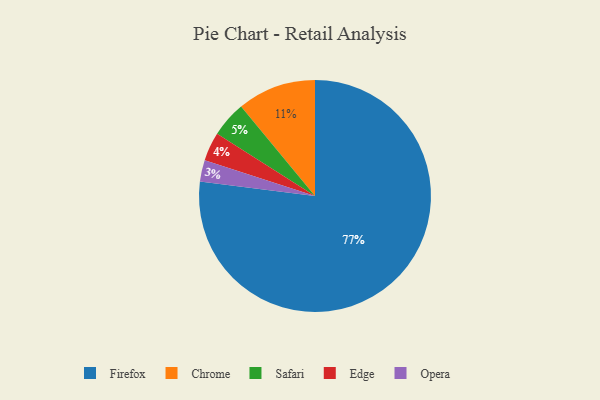
{"axis": {"x": "Category", "y": "Percentage"}, "legend": ["Chrome", "Edge", "Firefox", "Opera", "Safari"], "data": [{"x": "Safari", "y": 5, "type": "Safari"}, {"x": "Chrome", "y": 11, "type": "Chrome"}, {"x": "Opera", "y": 3, "type": "Opera"}, {"x": "Firefox", "y": 77, "type": "Firefox"}, {"x": "Edge", "y": 4, "type": "Edge"}]}